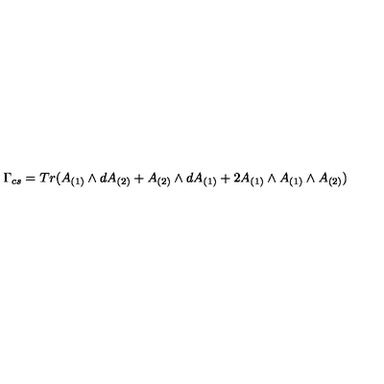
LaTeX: \Gamma _ { c s } = T r ( A _ { ( 1 ) } \wedge d A _ { ( 2 ) } + A _ { ( 2 ) } \wedge d A _ { ( 1 ) } + 2 A _ { ( 1 ) } \wedge A _ { ( 1 ) } \wedge A _ { ( 2 ) } )